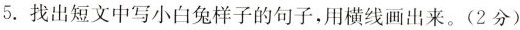
5.找出短文中写小白兔样子的句子，用横线画出来。(2分)